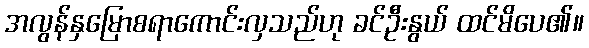
အလွန်နှမြောစရာကောင်းလှသည်ဟု ခင်ဦးနွယ် ထင်မိပေ၏။